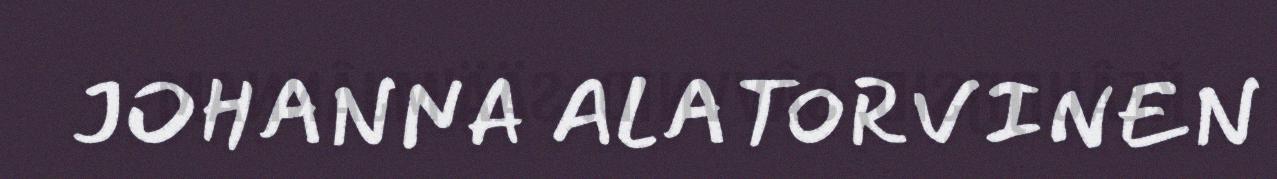
JOHANNA ALATORVINEN